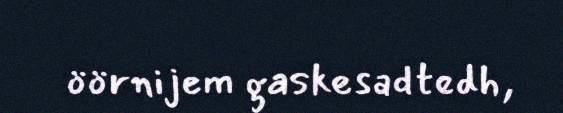
öörnijem gaskesadtedh,